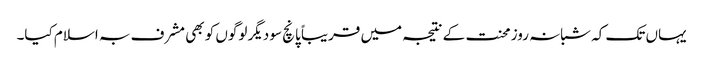
یہاں تک کہ شبانہ روز محنت کے نتیجہ میں قریباً پانچ سو دیگر لوگوں کو بھی مشرف بہ اسلام کیا۔